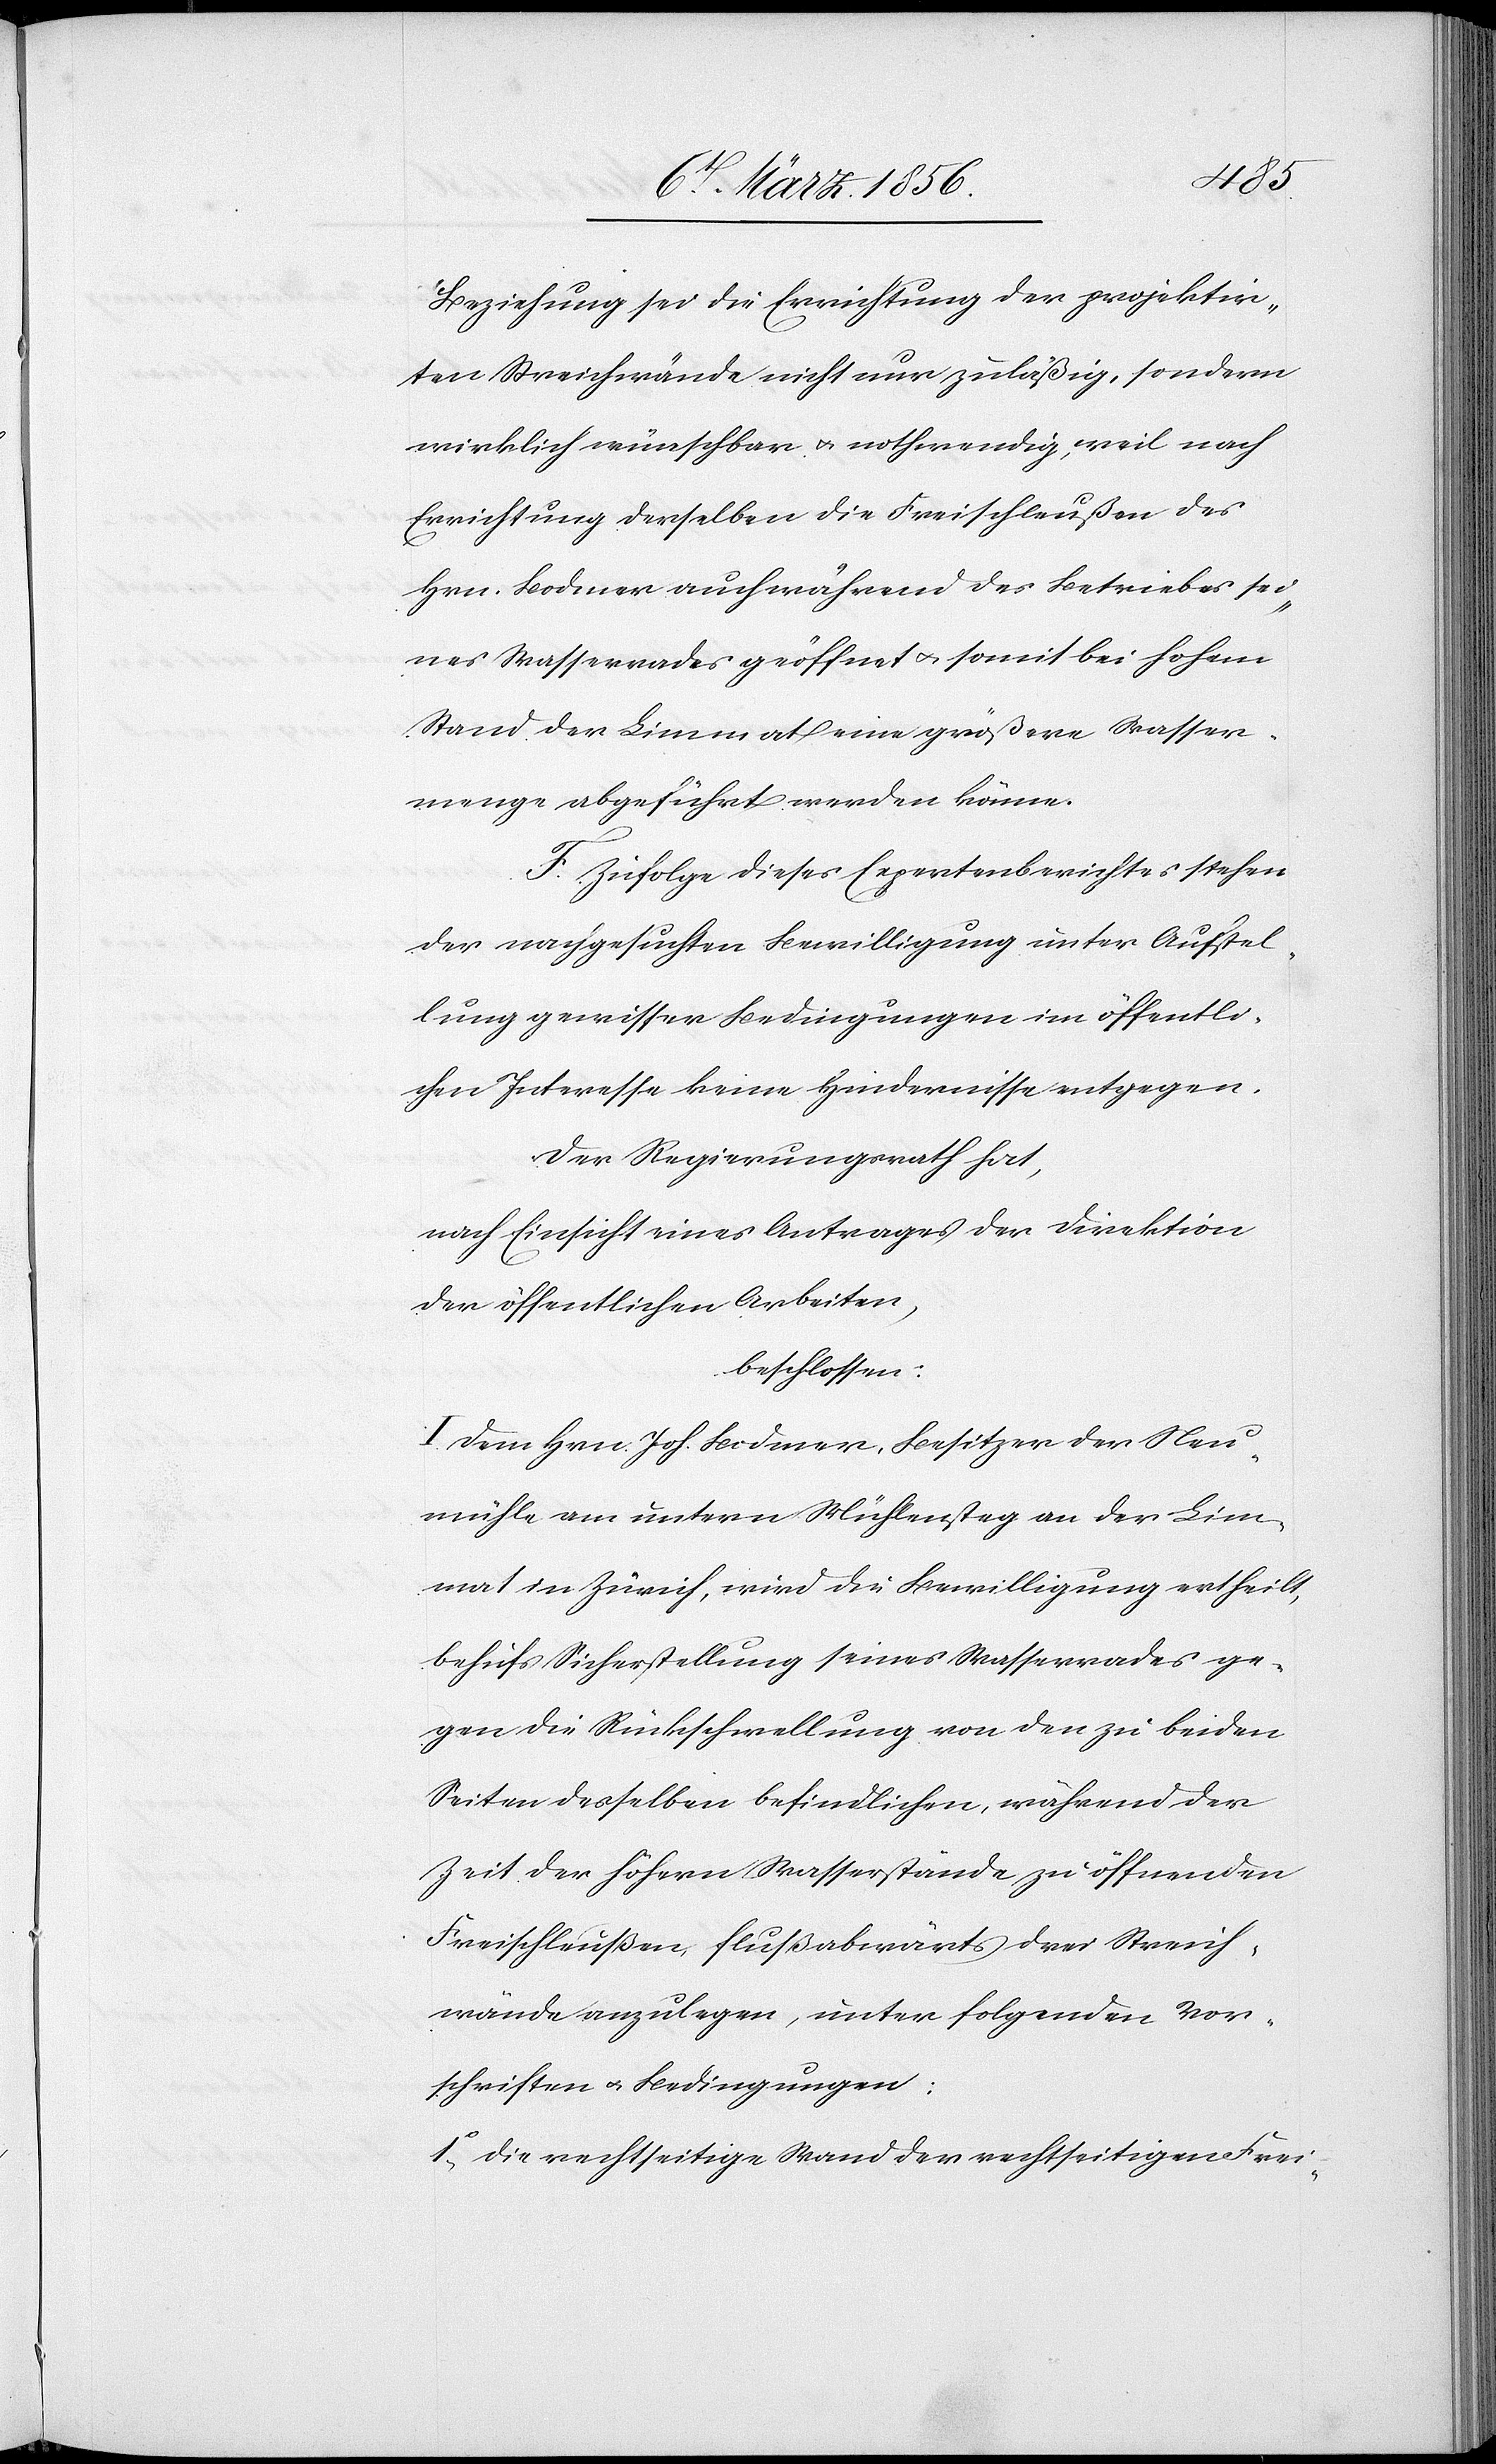
Beziehung sei die Errichtung der projektir¬
ten Streichwände nicht nur zuläßig, sondern
wirklich wünschbar u. nothwendig, weil nach
Errichtung derselben die Freischleußen des
Hrn. Bodmer auch während des Betriebes sei¬
nes Wasserrades geöffnet u. somit bei hohem
Stand der Limmat eine größere Wasser¬
menge abgeführt werden könne.
F. Zufolge dieses Expertenberichtes stehen
der nachgesuchten Bewilligung unter Aufstel¬
lung gewisser Bedingungen im öffentli¬
chen Interesse keine Hindernisse entgegen.
Der Regierungsrath hat,
nach Einsicht eines Antrages der Direktion
der öffentlichen Arbeiten,
beschlossen:
I. Dem Hrn. Joh. Bodmer, Besitzer der Neu¬
mühle am untern Mühlensteg an der Lim¬
mat in Zürich, wird die Bewilligung ertheilt,
behufs Sicherstellung seines Wasserrades ge¬
gen die Rückschwellung von den zu beiden
Seiten desselben befindlichen, während der
Zeit der höhern Wasserstände zu öffnenden
Freischleußen, flußabwärts drei Streich¬
wände anzulegen, unter folgenden Vor¬
schriften u. Bedingungen:
1o., Die rechtseitige Wand der rechtseitigen Frei-